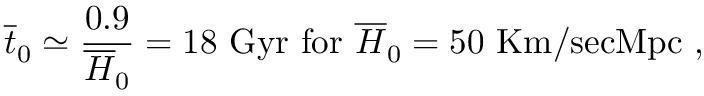
\overline { { { t } } } _ { 0 } \simeq \frac { 0 . 9 } { \overline { { { H } } } _ { 0 } } = 1 8 ~ \mathrm { G y r ~ f o r ~ } \overline { { { H } } } _ { 0 } = 5 0 \mathrm { ~ K m / s e c M p c } ~ ,